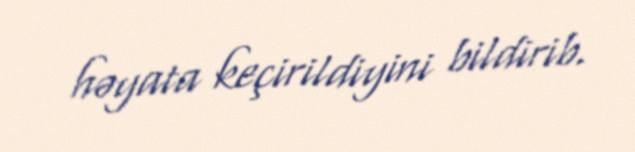
həyata keçirildiyini bildirib.